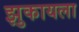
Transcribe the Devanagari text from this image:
झुकायला